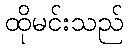
ထိုမင်းသည်